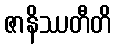
ဇာနိဿတီတိ